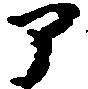
ア